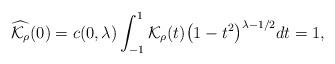
LaTeX: \begin{align*}\widehat{\mathcal K_\rho}(0)=c(0,\lambda)\int_{-1}^1\mathcal K_\rho(t)\bigl(1-t^2\bigr)^{\lambda-1/2}dt=1,\end{align*}